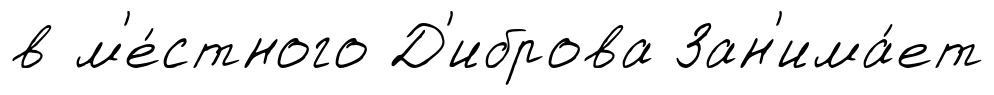
в м'е́стного Д'иброва Зан'има́ет